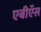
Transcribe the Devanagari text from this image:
एबीऍस